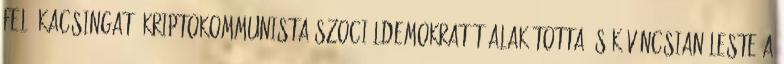
felé ka­csin­gató kriptokommunista szociálde­mokratát alakí­tot­ta, s kíváncsi­an leste a